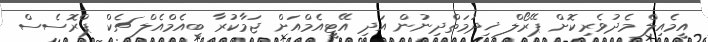
އީމެއިލް މެދުވެރިކޮށް ޕޭރޯލް ޚިދުމަތްދިނުން އަދި އޭޓީއެމްއަށް ޖަމާކުރާ ބީއެމްއެލް ޗެކް ޕްރޮސެސް